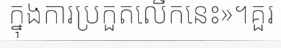
ក្នុងការប្រកួតលើកនេះ»។គួរ